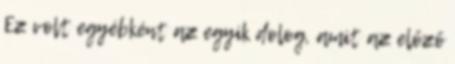
Ez volt egyébként az egyik dolog, amit az előző